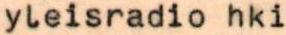
yleisradio hki